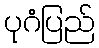
ပုဂံပြည်